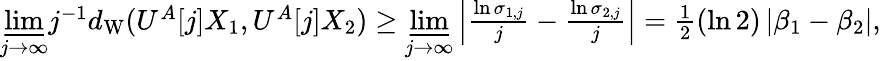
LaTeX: \begin{array}{r}{\underset{j\rightarrow\infty}{\underline{{\operatorname*{lim}}}}j^{-1}d_{\textup{W}}(U^{A}[j]X_{1},U^{A}[j]X_{2})\geq\underset{j\rightarrow\infty}{\underline{{\operatorname*{lim}}}}\left|\frac{\ln\sigma_{1,j}}{j}-\frac{\ln\sigma_{2,j}}{j}\right|=\frac{1}{2}(\ln 2)\left|\beta_{1}-\beta_{2}\right|,}\end{array}